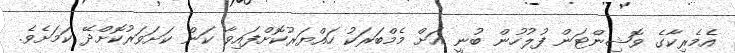
އެމެރިކާގެ ވޮޝިންޓަން ފުލުހުން ބުނީ އަށް މެމްބަރަކު ހައްޔަރުކޮށްފައިވާ ކަން ކަށަވަރުކޮށްދޭ ކަމަށެވެ.